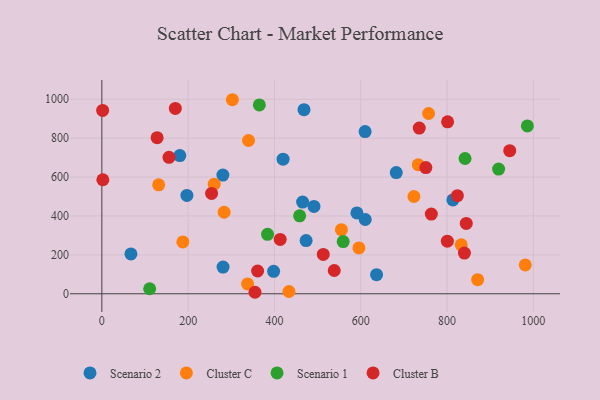
{"axis": {"x": "Speed", "y": "Rating"}, "legend": ["Cluster B", "Cluster C", "Scenario 1", "Scenario 2"], "data": [{"x": "398.1", "y": 115.5, "type": "Scenario 2"}, {"x": "682.3", "y": 623.1, "type": "Scenario 2"}, {"x": "491.6", "y": 448.8, "type": "Scenario 2"}, {"x": "180.7", "y": 710.1, "type": "Scenario 2"}, {"x": "591.1", "y": 415.4, "type": "Scenario 2"}, {"x": "280.5", "y": 609.9, "type": "Scenario 2"}, {"x": "610.1", "y": 833.8, "type": "Scenario 2"}, {"x": "610.4", "y": 381.7, "type": "Scenario 2"}, {"x": "636.7", "y": 98.3, "type": "Scenario 2"}, {"x": "197.1", "y": 505.4, "type": "Scenario 2"}, {"x": "473.4", "y": 273.6, "type": "Scenario 2"}, {"x": "813.5", "y": 482.6, "type": "Scenario 2"}, {"x": "468.5", "y": 946.2, "type": "Scenario 2"}, {"x": "465.3", "y": 471.4, "type": "Scenario 2"}, {"x": "420.0", "y": 691.7, "type": "Scenario 2"}, {"x": "67.4", "y": 204.6, "type": "Scenario 2"}, {"x": "280.9", "y": 137.3, "type": "Scenario 2"}, {"x": "757.2", "y": 926.5, "type": "Cluster C"}, {"x": "260.3", "y": 563.4, "type": "Cluster C"}, {"x": "283.4", "y": 419.1, "type": "Cluster C"}, {"x": "595.8", "y": 235.9, "type": "Cluster C"}, {"x": "832.9", "y": 251.5, "type": "Cluster C"}, {"x": "981.3", "y": 148.5, "type": "Cluster C"}, {"x": "339.9", "y": 787.7, "type": "Cluster C"}, {"x": "870.9", "y": 72.7, "type": "Cluster C"}, {"x": "337.8", "y": 50.8, "type": "Cluster C"}, {"x": "302.6", "y": 997.4, "type": "Cluster C"}, {"x": "187.7", "y": 266.4, "type": "Cluster C"}, {"x": "131.7", "y": 559.8, "type": "Cluster C"}, {"x": "433.6", "y": 11.7, "type": "Cluster C"}, {"x": "723.2", "y": 500.1, "type": "Cluster C"}, {"x": "733.3", "y": 663.1, "type": "Cluster C"}, {"x": "555.2", "y": 329.7, "type": "Cluster C"}, {"x": "365.0", "y": 970.9, "type": "Scenario 1"}, {"x": "559.3", "y": 268.1, "type": "Scenario 1"}, {"x": "986.2", "y": 862.7, "type": "Scenario 1"}, {"x": "841.7", "y": 695.2, "type": "Scenario 1"}, {"x": "919.5", "y": 641.2, "type": "Scenario 1"}, {"x": "384.0", "y": 305.5, "type": "Scenario 1"}, {"x": "458.4", "y": 400.8, "type": "Scenario 1"}, {"x": "110.8", "y": 25.8, "type": "Scenario 1"}, {"x": "155.6", "y": 701.3, "type": "Cluster B"}, {"x": "2.3", "y": 586.1, "type": "Cluster B"}, {"x": "354.9", "y": 7.7, "type": "Cluster B"}, {"x": "1.8", "y": 942.5, "type": "Cluster B"}, {"x": "840.3", "y": 209.1, "type": "Cluster B"}, {"x": "844.6", "y": 361.7, "type": "Cluster B"}, {"x": "750.9", "y": 648.7, "type": "Cluster B"}, {"x": "361.0", "y": 117.0, "type": "Cluster B"}, {"x": "800.7", "y": 270.6, "type": "Cluster B"}, {"x": "170.3", "y": 952.9, "type": "Cluster B"}, {"x": "128.1", "y": 802.3, "type": "Cluster B"}, {"x": "413.3", "y": 279.2, "type": "Cluster B"}, {"x": "538.6", "y": 119.5, "type": "Cluster B"}, {"x": "824.0", "y": 504.0, "type": "Cluster B"}, {"x": "945.3", "y": 735.6, "type": "Cluster B"}, {"x": "763.6", "y": 409.9, "type": "Cluster B"}, {"x": "254.3", "y": 515.9, "type": "Cluster B"}, {"x": "513.2", "y": 202.2, "type": "Cluster B"}, {"x": "735.6", "y": 851.5, "type": "Cluster B"}, {"x": "801.3", "y": 883.8, "type": "Cluster B"}]}